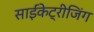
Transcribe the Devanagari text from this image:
साईंकेट्रीजिंग